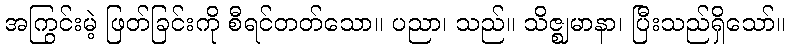
အကြွင်းမဲ့ ဖြတ်ခြင်းကို စီရင်တတ်သော။ ပညာ၊ သည်။ သိဇ္ဈမာနာ၊ ပြီးသည်ရှိသော်။